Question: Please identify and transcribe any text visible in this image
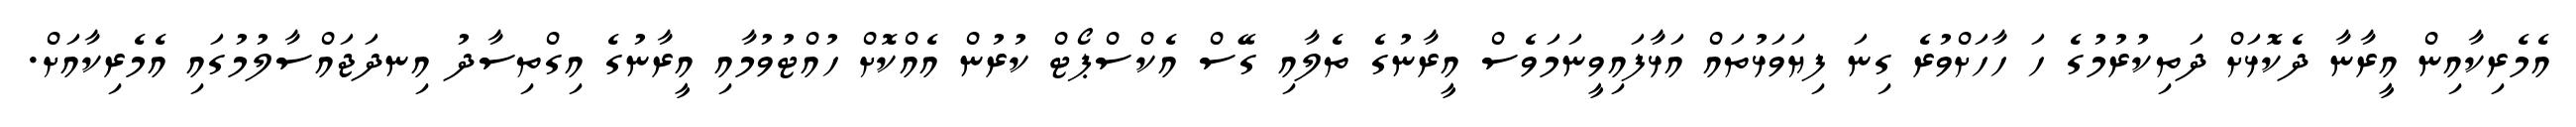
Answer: އެމެރިކާއިން އީރާނާ ދެކޮޅަށް ދަތިކުރުމުގެ ހަ ހާހަށްވުރެ ގިނަ ފިޔަވަޅުތައް އަޅާފައިވީނަމަވެސް އީރާނުގެ ތެލާއި ގޭސް އެކްސްޕޯޓް ކުރުން އެއްކޮށް ހުއްޓުވުމާއި އީރާނުގެ އިގްތިސާދު އިނދަޖައްސާލުމުގައި އެމެރިކާއަށް.